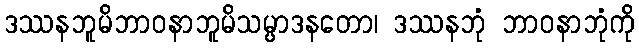
ဒဿနဘူမိဘာဝနာဘူမိသမ္ပာဒနတော၊ ဒဿနဘုံ ဘာဝနာဘုံကို